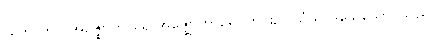
(ဟောတိ)၊ အဇ္ဈောဟာရေ အဇ္ဈောဟာရေ၊ တိုင်း၌။ သံဃာဒိသေသော၊ သည်။